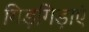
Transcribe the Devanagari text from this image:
गिड़गिड़ाएं